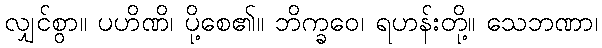
လျှင်စွာ။ ပဟိဏိ၊ ပို့စေ၏။ ဘိက္ခဝေ၊ ရဟန်းတို့။ သေဘဏာ၊